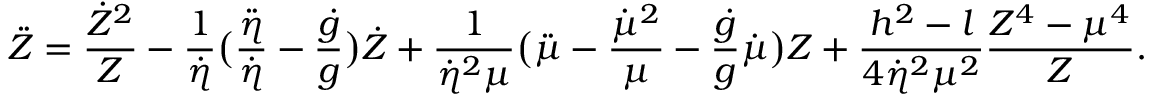
\ddot { Z } = { \frac { \dot { Z } ^ { 2 } } { Z } } - { \frac { 1 } { \dot { \eta } } } \bigl ( { \frac { \ddot { \eta } } { \dot { \eta } } } - { \frac { \dot { g } } { g } } \bigr ) \dot { Z } + { \frac { 1 } { \dot { \eta } ^ { 2 } \mu } } \bigl ( \ddot { \mu } - { \frac { \dot { \mu } ^ { 2 } } { \mu } } - { \frac { \dot { g } } { g } } \dot { \mu } \bigr ) Z + { \frac { h ^ { 2 } - l } { 4 \dot { \eta } ^ { 2 } \mu ^ { 2 } } } { \frac { Z ^ { 4 } - \mu ^ { 4 } } { Z } } .